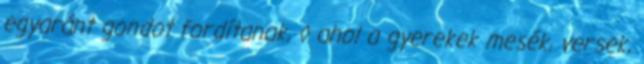
egyaránt gondot fordítanak, ◊ ahol a gyerekek mesék, versek,